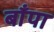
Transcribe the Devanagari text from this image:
बाँपा